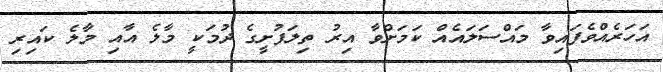
އަހަރެއްވެފައިވާ މައްސަލައެއް ކަމަށްވާ އިރު ތިލަފުށީގެ ދުމަކީ މާލެ އާއި މާލެ ކައިރި